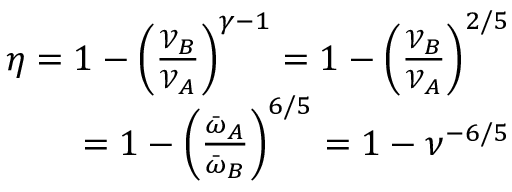
\begin{array} { r } { \eta = 1 - \left( \frac { \mathcal { V } _ { B } } { \mathcal { V } _ { A } } \right) ^ { \gamma - 1 } = 1 - \left( \frac { \mathcal { V } _ { B } } { \mathcal { V } _ { A } } \right) ^ { 2 / 5 } } \\ { = 1 - \left( \frac { \bar { \omega } _ { A } } { \bar { \omega } _ { B } } \right) ^ { 6 / 5 } = 1 - \nu ^ { - 6 / 5 } } \end{array}